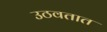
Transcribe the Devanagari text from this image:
उठवतात